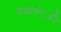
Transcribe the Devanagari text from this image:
जाग्रतोऽपि